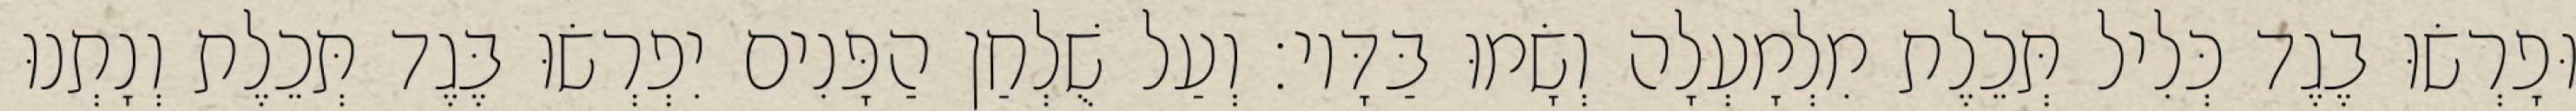
וּפָרְשׂוּ בֶגֶד כְּלִיל תְּכֵלֶת מִלְמָעְלָה וְשָׂמוּ בַּדָּיו׃ וְעַל שֻׁלְחַן הַפָּנִים יִפְרְשׂוּ בֶּגֶד תְּכֵלֶת וְנָתְנוּ